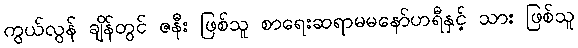
ကွယ်လွန် ချိန်တွင် ဇနီး ဖြစ်သူ စာရေးဆရာမမနော်ဟရီနှင့် သား ဖြစ်သူ